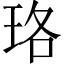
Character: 珞